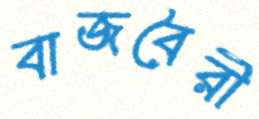
বাজবৈরী